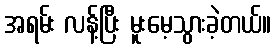
အရမ်း လန့်ပြီး မူးမေ့သွားခဲ့တယ်။